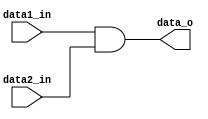
module AND(
    data1_in, 	
    data2_in,	
    data_o		
);

// Ports
input   data1_in;
input   data2_in;
output  data_o;

assign data_o = data1_in & data2_in;

endmodule